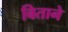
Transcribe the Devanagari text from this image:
बिताने